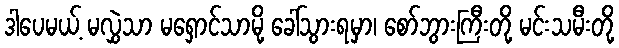
ဒါပေမယ့် မလွှဲသာ မရှောင်သာမို့ ခေါ်သွားရမှာ၊ စော်ဘွားကြီးတို့ မင်းသမီးတို့